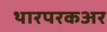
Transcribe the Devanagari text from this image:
थारपरकअर